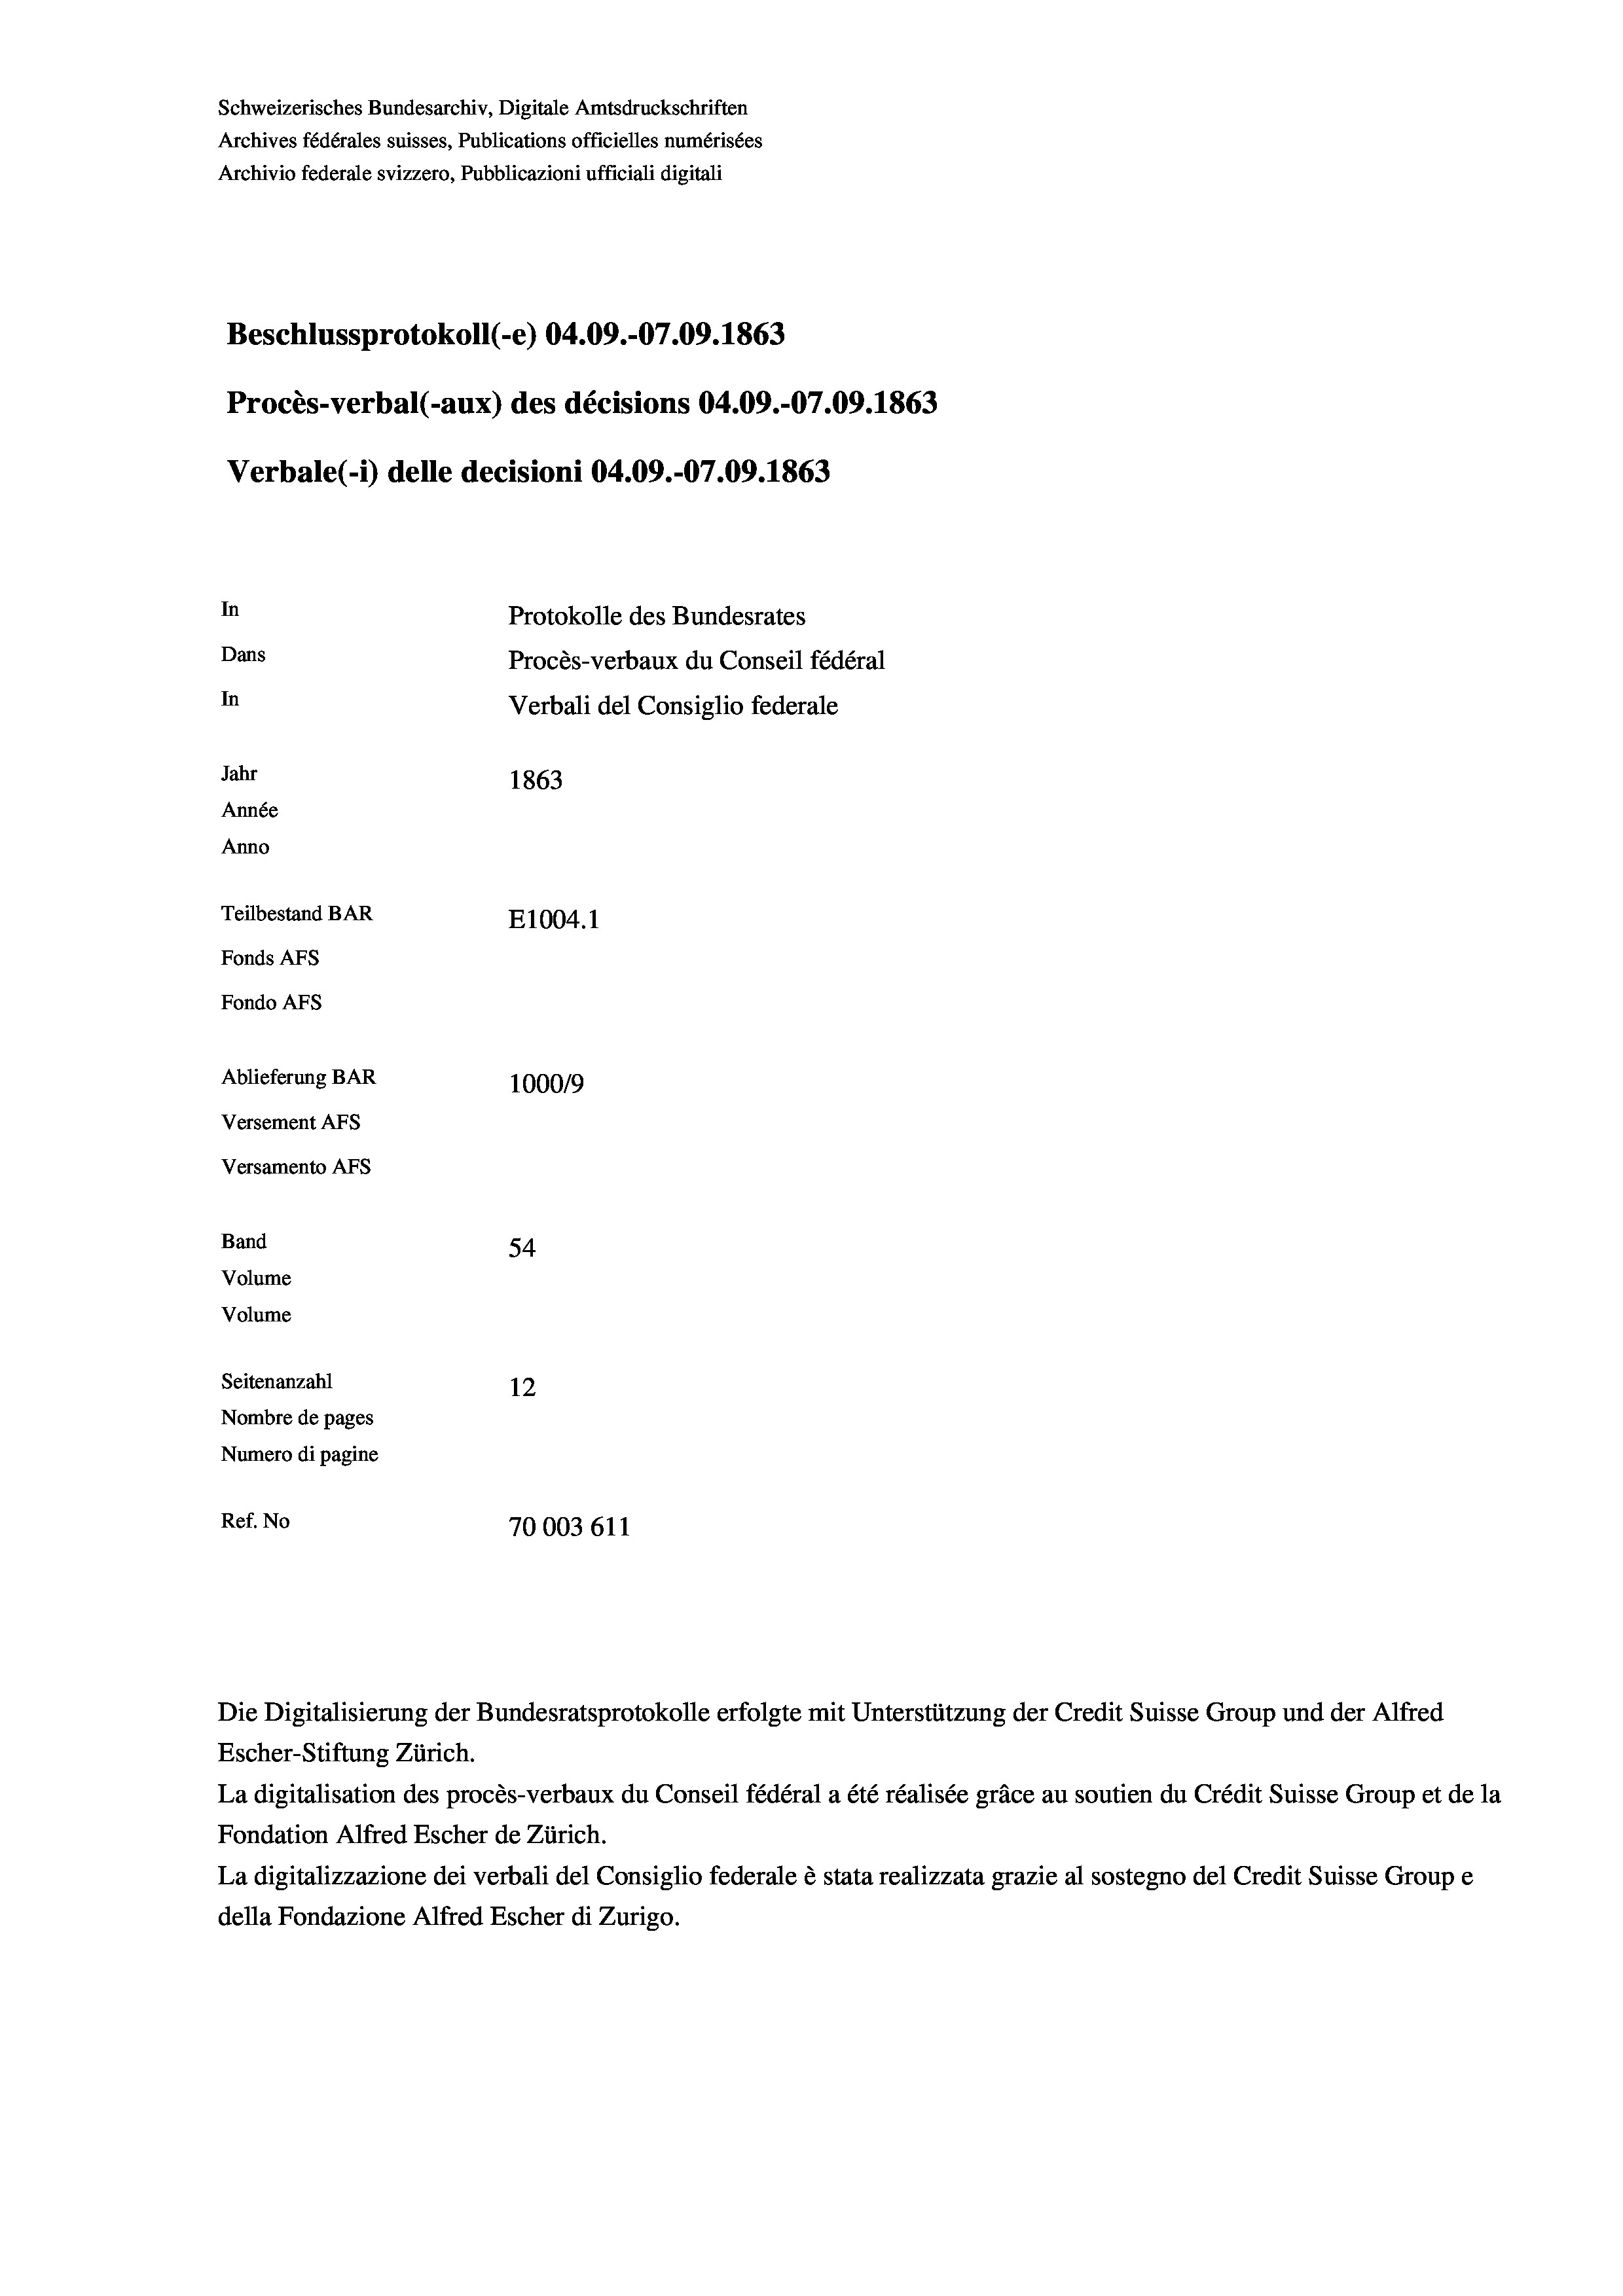
Schweizerisches Bundesarchiv, Digitale Amtsdruckschriften
Archives fédérales suisses, Publications officielles numérisées
Archivio federale svizzero, Pubblicazioni ufficiali digitali
Beschlussprotokoll (-e) 04.09.-07.09. 1863
Procès-verbal (-aux) des décisions 04.09.-07.09. 1863
In
Protokolle des Bundesrates
Dans
Procès-verbaux du Conseil fédéral
In
Verbali del Consiglio federale
Jahr
1863
Année
Anno
Teilbestand BAR
E1004. 1
Fonds AFs
Fondo AFS

Ablieferung BAR
Versement AFs
Versamento AFs
Band
Volume
Volume

Verbale (- 1) delle decisioni 04.09.-07.09. 1863

54
Seitenanzahl
12
Nombre de pages
Numero di pagine
Ref. No
70003 611

100019

Escher-Stiftung Zürich.
La digitalisation des procès-verbaux du Conseil fédéral a été réalisée gräce au soutien du Crédit Suisse Group et de la
Fondation Alfred Escher de Zürich.
La digitalizzazione dei verbali del Consiglio federale è stata realizzata grazie al sostegno del Credit Suisse Groupe
della Fondazione Alfred Escher di Zurigo.

Die Digitalisierung der Bundesratsprotokolle erfolgte mit Unterstützung der Credit Suisse Group und der Alfred